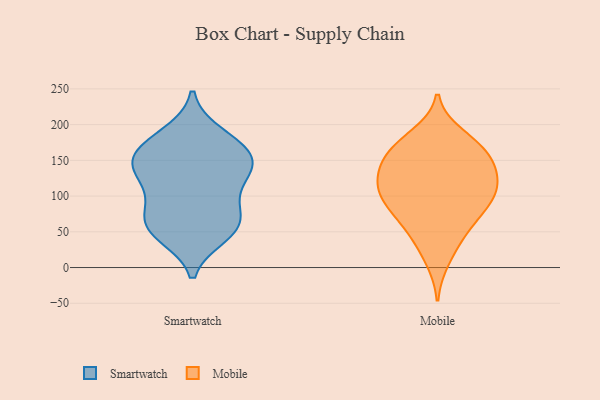
{"axis": {"x": "Conversion Rate (%)", "y": "Value"}, "legend": ["Mobile", "Smartwatch"], "data": [{"x": "", "y": 145, "type": "Smartwatch"}, {"x": "", "y": 86, "type": "Smartwatch"}, {"x": "", "y": 102, "type": "Smartwatch"}, {"x": "", "y": 129, "type": "Smartwatch"}, {"x": "", "y": 45, "type": "Smartwatch"}, {"x": "", "y": 187, "type": "Smartwatch"}, {"x": "", "y": 142, "type": "Smartwatch"}, {"x": "", "y": 152, "type": "Smartwatch"}, {"x": "", "y": 159, "type": "Smartwatch"}, {"x": "", "y": 180, "type": "Smartwatch"}, {"x": "", "y": 59, "type": "Smartwatch"}, {"x": "", "y": 67, "type": "Smartwatch"}, {"x": "", "y": 48, "type": "Smartwatch"}, {"x": "", "y": 62, "type": "Smartwatch"}, {"x": "", "y": 125, "type": "Smartwatch"}, {"x": "", "y": 163, "type": "Smartwatch"}, {"x": "", "y": 80, "type": "Mobile"}, {"x": "", "y": 166, "type": "Mobile"}, {"x": "", "y": 66, "type": "Mobile"}, {"x": "", "y": 115, "type": "Mobile"}, {"x": "", "y": 10, "type": "Mobile"}, {"x": "", "y": 174, "type": "Mobile"}, {"x": "", "y": 98, "type": "Mobile"}, {"x": "", "y": 86, "type": "Mobile"}, {"x": "", "y": 100, "type": "Mobile"}, {"x": "", "y": 97, "type": "Mobile"}, {"x": "", "y": 40, "type": "Mobile"}, {"x": "", "y": 148, "type": "Mobile"}, {"x": "", "y": 186, "type": "Mobile"}, {"x": "", "y": 123, "type": "Mobile"}, {"x": "", "y": 147, "type": "Mobile"}, {"x": "", "y": 49, "type": "Mobile"}, {"x": "", "y": 124, "type": "Mobile"}, {"x": "", "y": 149, "type": "Mobile"}, {"x": "", "y": 126, "type": "Mobile"}, {"x": "", "y": 171, "type": "Mobile"}]}